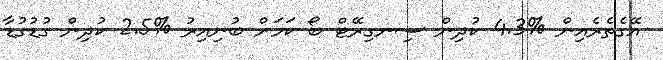
އޭގެތެރެއިން %4.3 ކުދިން ސިނގިރޭޓް ބޯ ކަމަށް ބުނިއިރު %2.5 ކުދިން ގުޑުގުޑާ